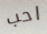
احب